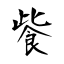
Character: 飺